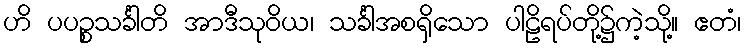
ဟိ ပပဉ္စသင်္ခါတိ အာဒီသုဝိယ၊ သင်္ခါအစရှိသော ပါဠိရပ်တို့၌ကဲ့သို့။ ဧတံ၊